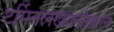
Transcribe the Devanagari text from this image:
टर्मिनलखालोखाल